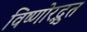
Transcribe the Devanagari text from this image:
विष्णोरद्भुत